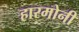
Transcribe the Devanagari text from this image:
हारमोनी